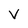
Character: V